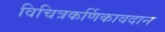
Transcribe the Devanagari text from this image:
विचित्रकर्णिकावदान